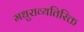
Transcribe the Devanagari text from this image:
मधुराव्यतिरिक्त